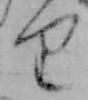
り